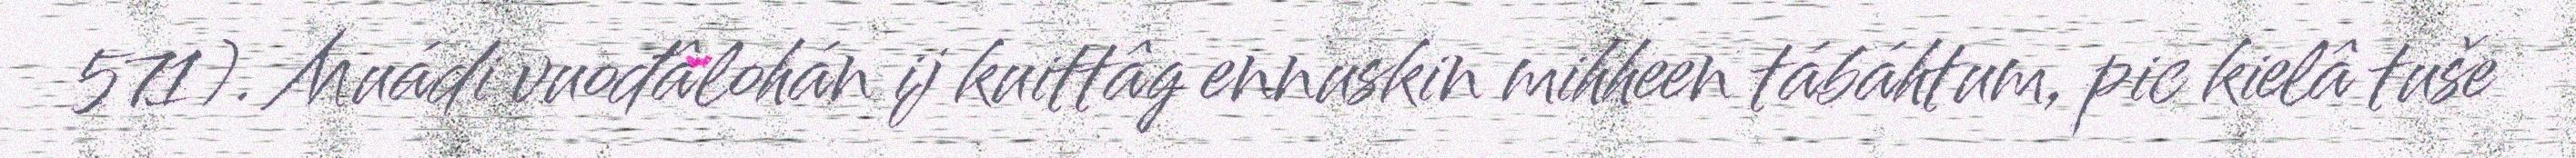
571). Muádi vuođâlohán ij kuittâg ennuskin mihheen tábáhtum, pic kielâ tuše